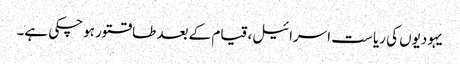
یہودیوں کی ریا ست اسرائیل، قیام کے بعد طاقتور ہوچکی ہے۔